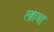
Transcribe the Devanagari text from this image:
त्व्राया